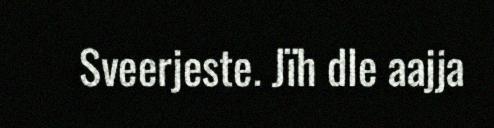
Sveerjeste. Jïh dle aajja